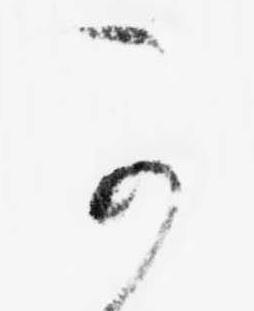
可